Vaccination in the Punjab 1883-1896 - 1883-1896
Year: 1883
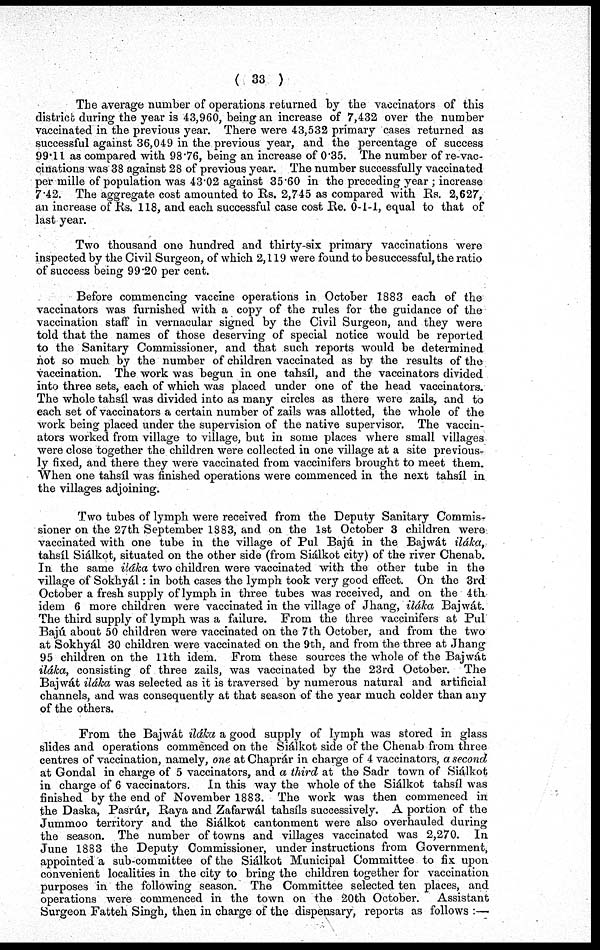
( 33 )
The average number of operations returned by the vaccinators of this
district during the year is 43,960, being an increase of 7,432 over the number
vaccinated in the previous year. There were 43,532 primary cases returned as
successful against 36,049 in the previous year, and the percentage of success
99.11 as compared with 98.76, being an increase of 0.35. The number of re-vac-
cinations was 38 against 28 of previous year. The number successfully vaccinated
per mille of population was 43.02 against 35.60 in the preceding year ; increase
7.42. The aggregate cost amounted to Rs. 2,745 as compared with Rs. 2,627,
an increase of Rs. 118, and each successful case cost Re. 0-1-1, equal to that of
last year.
Two thousand one hundred and thirty-six primary vaccinations were
inspected by the Civil Surgeon, of which 2,119 were found to be successful, the ratio
of success being 99.20 per cent.
Before commencing vaccine operations in October 1883 each of the
vaccinators was furnished with a copy of the rules for the guidance of the
vaccination staff in vernacular signed by the Civil Surgeon, and they were
told that the names of those deserving of special notice would be reported
to the Sanitary Commissioner, and that such reports would be determined
not so much by the number of children vaccinated as by the results of the
vaccination. The work was begun in one tahsíl, and the vaccinators divided
into three sets, each of which was placed under one of the head vaccinators.
The whole tahsíl was divided into as many circles as there were zails, and to
each set of vaccinators a certain number of zails was allotted, the whole of the
work being placed under the supervision of the native supervisor. The vaccin-
ators worked from village to village, but in some places where small villages
were close together the children were collected in one village at a site previous-
ly fixed, and there they were vaccinated from vaccinifers brought to meet them.
When one tahsíl was finished operations were commenced in the next tahsíl in
the villages adjoining.
Two tubes of lymph were received from the Deputy Sanitary Commis-
sioner on the 27th September 1883, and on the 1st October 3 children were
vaccinated with one tube in the village of Pul Bajá in the Bajwát iláka,
tahsíl Siálkot, situated on the other side (from Siálkot city) of the river Chenab.
In the same iláka two children were vaccinated with the other tube in the
village of Sokhyái: in both cases the lymph took very good effect. On the 3rd
October a fresh supply of lymph in three tubes was received, and on the 4th
idem 6 more children were vaccinated in the village of Jhang, iláka Bajwát.
The third supply of lymph was a failure. From the three vaccinifers at Pul
Bajú about 50 children were vaccinated on the 7 th October, and from the two
at Sokhyái 30 children were vaccinated on the 9th, and from the three at Jhang
95 children on the 11th idem. From these sources the whole of the Bajwát
iláka, consisting of three zails, was vaccinated by the 23rd October. The
Bajwát iláka was selected as it is traversed by numerous natural and artificial
channels, and was consequently at that season of the year much colder than any
of the others.
From the Bajwát iláka a good supply of lymph was stored in glass
slides and operations commenced on the Siálkot side of the Chenab from three
centres of vaccination, namely, one at Chaprár in charge of 4 vaccinators, a second
at Gondal in charge of 5 vaccinators, and a third at the Sadr town of Siálkot
in charge of 6 vaccinators. In this way the whole of the Siálkot tahsíl was
finished by the end of November 1883. The work was then commenced in
the Daska, Pasrúr, Raya and Zafarwál tahsíls successively. A portion of the
Jummoo territory and the Siálkot cantonment were also overhauled during
the season. The number of towns and villages vaccinated was 2,270. In
June 1883 the Deputy Commissioner, under instructions from Government,
appointed a sub-committee of the Siálkot Municipal Committee to fix upon
convenient localities in the city to bring the children together for vaccination
purposes in the following season. The Committee selected ten places, and
operations were commenced in the town on the 20th October.
Assistant
Surgeon Fatteh Singh, then in charge of the dispensary, reports as follows :—